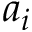
a _ { i }